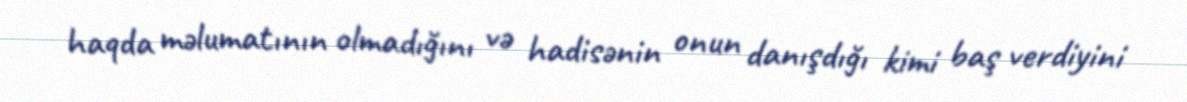
haqda məlumatının olmadığını və hadisənin onun danışdığı kimi baş verdiyini